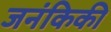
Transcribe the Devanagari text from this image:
जनंकिकी